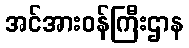
အင်အားဝန်ကြီးဌာန